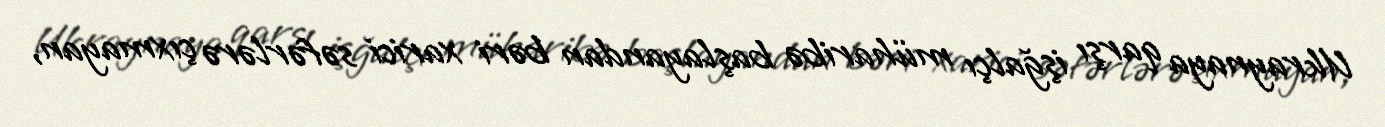
Ukraynaya qarşı işğalçı müharibə başlayandan bəri xarici səfərlərə çıxmayan,